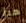
هيا